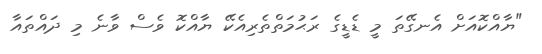
"ޔާއްކޮއަށް އެނގޭތަ މީ ޑެޑީގެ ރަޙުމަތްތެރިއެކޭ ޔާއްކޮ ވެސް ވާނެ މި ދައްތައާ